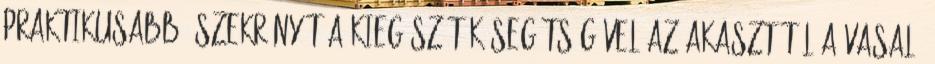
praktikusabbá szekrényét a kiegészítők segítségével Az akasztótól a vasaló